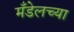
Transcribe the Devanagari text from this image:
मँडेलच्या